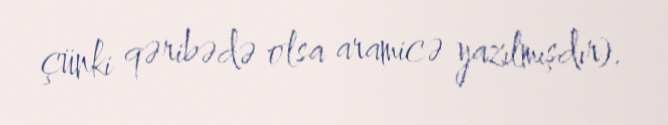
çünki qəribədə olsa aramicə yazılmışdır).